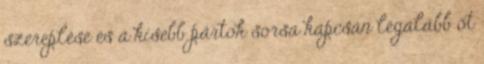
szereplése és a kisebb pártok sorsa kapcsán legalább öt